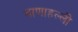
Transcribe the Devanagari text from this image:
बाणाहल्ली